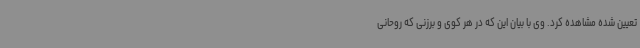
تعیین شده مشاهده کرد. وی با بیان این که در هر کوی و برزنی که روحانی